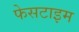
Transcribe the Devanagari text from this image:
फेसटाइम